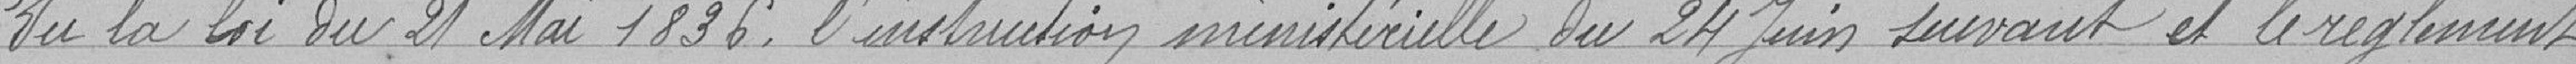
Vu la loi du 21 mai 1836, l'instruction ministérielle du 24 juin suivant et le règlement